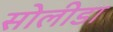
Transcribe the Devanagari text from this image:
सोलीडा